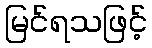
မြင်ရသဖြင့်